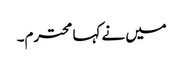
میں نے کہا محترم۔